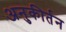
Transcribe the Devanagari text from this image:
अनुकीर्तन